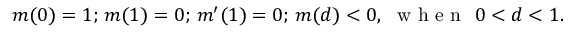
\begin{array} { r } { m ( 0 ) = 1 ; \, m ( 1 ) = 0 ; \, m ^ { \prime } ( 1 ) = 0 ; \, m ( d ) < 0 , \, \, \mathrm { ~ w ~ h ~ e ~ n ~ } \, \, 0 < d < 1 . } \end{array}